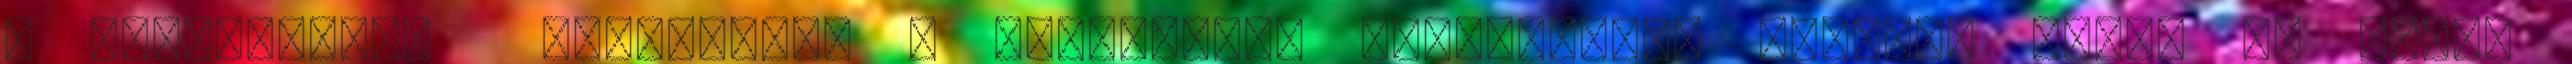
a Felhasználó munkáltató a kérelemben foglaltakra választ adjon és annak